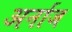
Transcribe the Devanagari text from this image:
अर्नाज